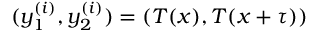
( y _ { 1 } ^ { ( i ) } , y _ { 2 } ^ { ( i ) } ) = ( T ( x ) , T ( x + \tau ) )